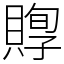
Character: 賯